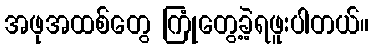
အဖုအထစ်တွေ ကြုံတွေ့ခဲ့ရဖူးပါတယ်။